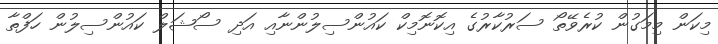
މިކަން މިމަގުން ކުރެވޭތޯ ސަރުކާރުގެ އިކޮނޮމިކް ކައުންސިލުންނާއި އަދި ސޯޝަލް ކައުންސިލުން ހަފްތާ